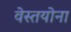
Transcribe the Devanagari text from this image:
वेस्तयोना